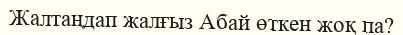
Жалтаңдап жалғыз Абай өткен жоқ па?